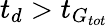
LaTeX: t_{d}>t_{G_{tot}}